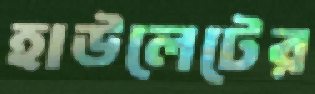
হাউলেটের